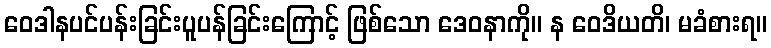
ဝေဒါနပင်ပန်းခြင်းပူပန်ခြင်းကြောင့် ဖြစ်သော ဒေဝနာကို။ န ဝေဒိယတိ၊ မခံစားရ။